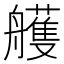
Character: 艧